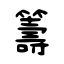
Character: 籌